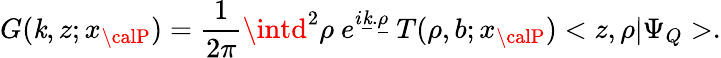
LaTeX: G(\mathit{k},z;x_{\calP})=\frac{1}{{2\pi}}\intd^{2}\rho\ e^{i\underline{{{\mathit{k}}}}.\underline{{{{\rho}}}}}\ T(\rho,b;x_{\calP})<z,\rho|\Psi_{Q}>.